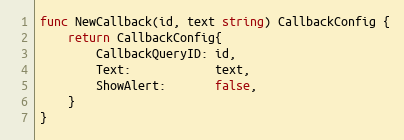
Language: Go
func NewCallback(id, text string) CallbackConfig {
	return CallbackConfig{
		CallbackQueryID: id,
		Text:            text,
		ShowAlert:       false,
	}
}